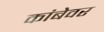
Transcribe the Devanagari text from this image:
कांबेवर